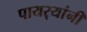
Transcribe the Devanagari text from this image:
पायर्‍यांनी